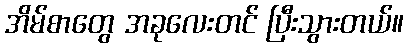
အိမ်စာတွေ အခုလေးတင် ပြီးသွားတယ်။